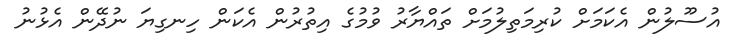
އުސޫލުން އެކަމަށް ކުރިމަތިލުމަށް ތައްޔާރު ވުމުގެ އިތުރުން އެކަން ހިނގިޔަ ނުދޭން އެޅުނު